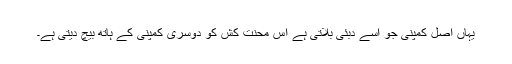
یہاں اصل کمپنی جو اسے دبئی بلاتی ہے اس محنت کش کو دوسری کمپنی کے ہاتھ بیچ دیتی ہے۔